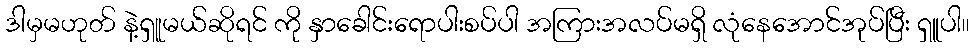
ဒါမှမဟုတ် နဲ့ရှူမယ်ဆိုရင် ကို နှာခေါင်းရောပါးစပ်ပါ အကြားအလပ်မရှိ လုံနေအောင်အုပ်ပြီး ရှူပါ။